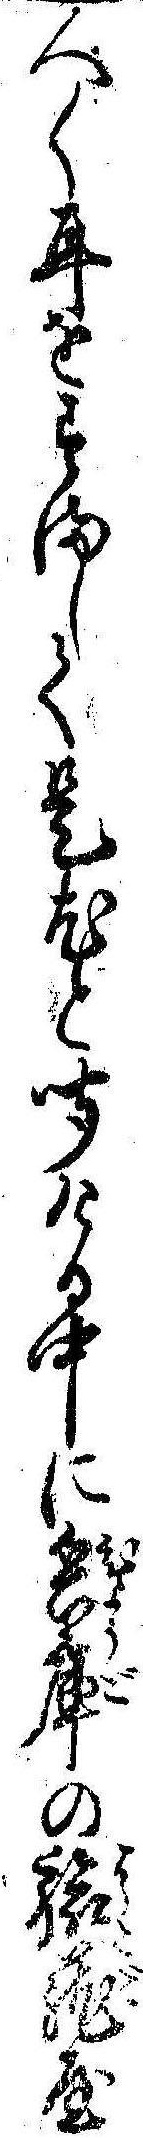
人〱耳をすまして是尤と聞ける中に兵庫の旅篭屋